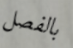
بالفصل